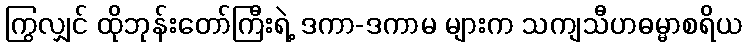
ကြွလျှင် ထိုဘုန်းတော်ကြီးရဲ့ ဒကာ-ဒကာမ များက သကျသီဟဓမ္မာစရိယ